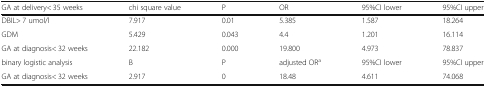
<table><thead><tr><td><b>GA at delivery&lt; 35 weeks</b></td><td><b>chi square value</b></td><td><b>P</b></td><td><b>OR</b></td><td><b>95%CI lower</b></td><td><b>95%CI upper</b></td></tr></thead><tbody><tr><td>DBIL&gt; 7 umol/l</td><td>7.917</td><td>0.01</td><td>5.385</td><td>1.587</td><td>18.264</td></tr><tr><td>GDM</td><td>5.429</td><td>0.043</td><td>4.4</td><td>1.201</td><td>16.114</td></tr><tr><td>GA at diagnosis&lt; 32 weeks</td><td>22.182</td><td>0.000</td><td>19.800</td><td>4.973</td><td>78.837</td></tr><tr><td>binary logistic analysis</td><td>B</td><td>P</td><td>adjusted OR<sup>a</sup></td><td>95%CI lower</td><td>95%CI upper</td></tr><tr><td>GA at diagnosis&lt; 32 weeks</td><td>2.917</td><td>0</td><td>18.48</td><td>4.611</td><td>74.068</td></tr></tbody></table>